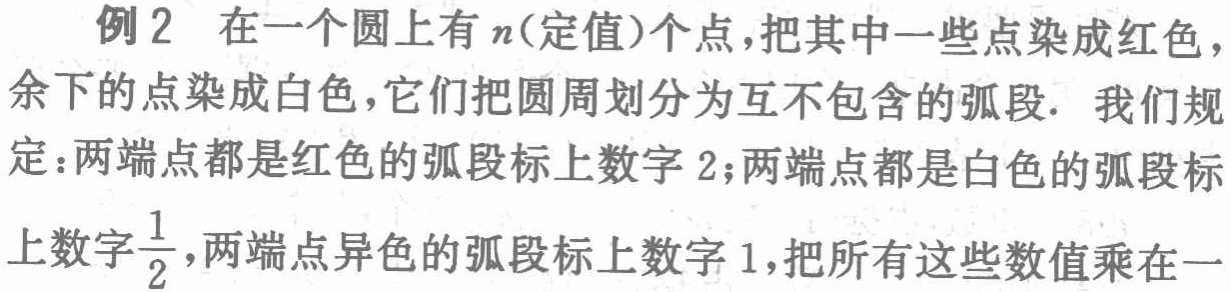
例2 在一个圆上有\(n\)(定值)个点，把其中一些点染成红色，余下的点染成白色，它们把圆周划分为互不包含的弧段. 我们规定：两端点都是红色的弧段标上数字\(2\)；两端点都是白色的弧段标上数字\(\frac{1}{2}\)，两端点异色的弧段标上数字\(1\)，把所有这些数值乘在一